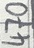
Text: 470